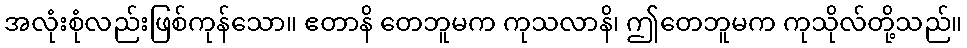
အလုံးစုံလည်းဖြစ်ကုန်သော။ ဧတာနိ တေဘူမက ကုသလာနိ၊ ဤတေဘူမက ကုသိုလ်တို့သည်။